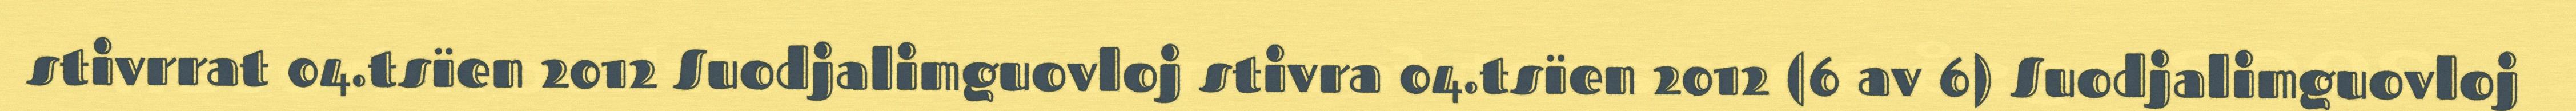
stivrrat 04.tsïen 2012 Suodjalimguovloj stivra 04.tsïen 2012 (6 av 6) Suodjalimguovloj